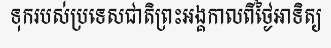
ទុករបស់ប្រទេសជាតិព្រះអង្គកាលពីថ្ងៃអាទិត្យ